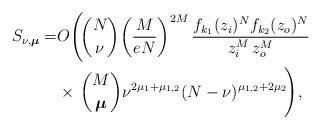
LaTeX: \begin{align*}\begin{aligned}S_{\nu,\boldsymbol\mu}=&O\Biggl(\!\binom{N}{\nu}\!\left(\frac{M}{eN}\right)^{2M}\frac{f_{k_1}(z_i)^Nf_{k_2}(z_o)^N}{z_i^M\,z_o^M}\\&\times\,\binom{M}{\boldsymbol\mu}\nu^{2\mu_1+\mu_{1,2}}(N-\nu)^{\mu_{1,2}+2\mu_2}\!\Biggr),\end{aligned}\end{align*}